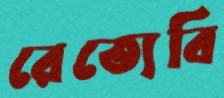
রেত্যেবি